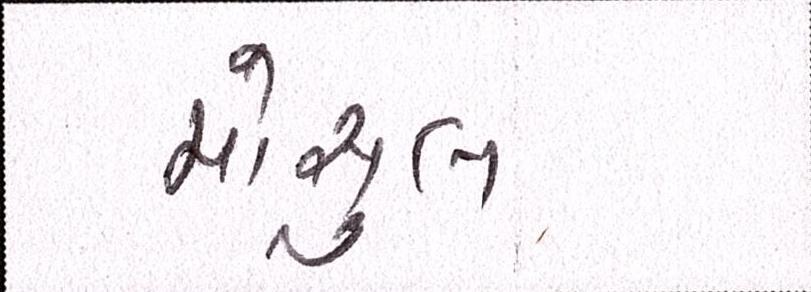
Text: મોસુલ